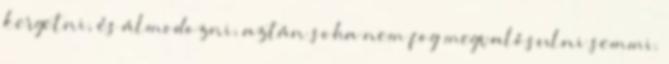
kergetni, és álmodozni, aztán soha nem fog megvalósulni semmi.